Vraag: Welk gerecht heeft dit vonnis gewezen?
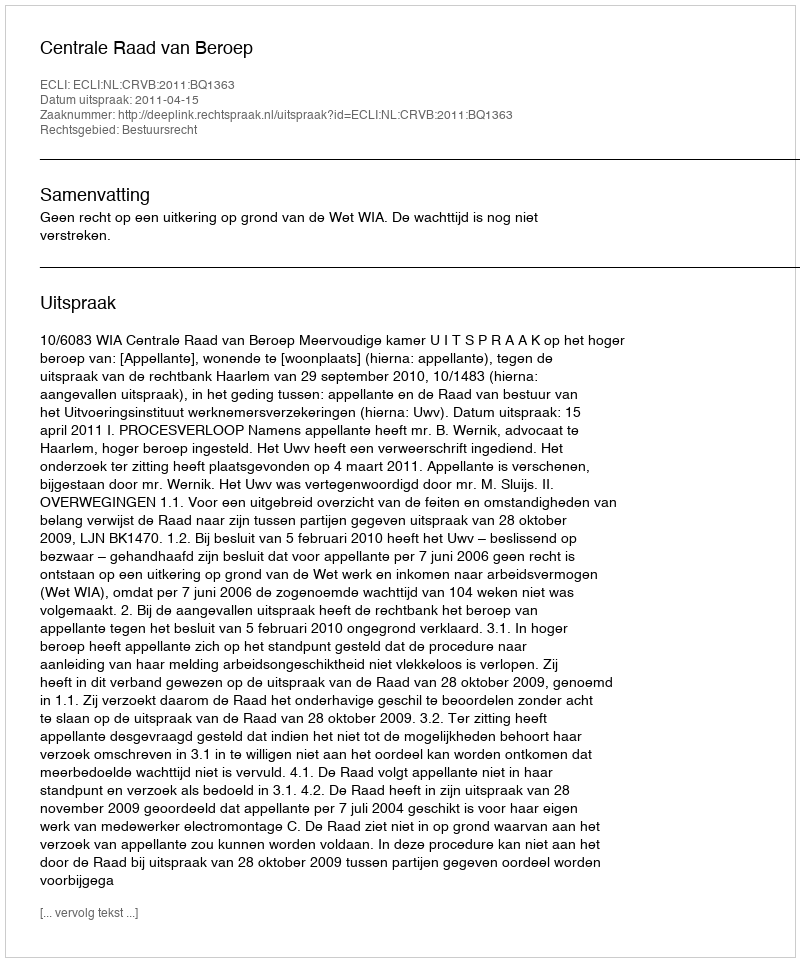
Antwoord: Centrale Raad van Beroep